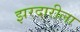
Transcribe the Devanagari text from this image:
झरदारीला